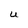
Character: U